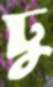
ঢু